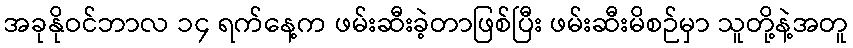
အခုနိုဝင်ဘာလ ၁၄ ရက်နေ့က ဖမ်းဆီးခဲ့တာဖြစ်ပြီး ဖမ်းဆီးမိစဉ်မှာ သူတို့နဲ့အတူ